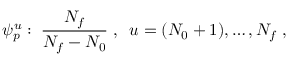
\psi _ { p } ^ { u } : \; \frac { N _ { f } } { N _ { f } - N _ { 0 } } \; , \; \; u = ( N _ { 0 } + 1 ) , \dots , N _ { f } \; ,